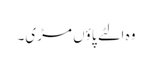
وہ الٹے پاؤں مڑی۔